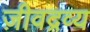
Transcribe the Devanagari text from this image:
ज़ीवद्रव्य